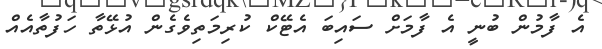
އެ ފާމުން ބުނީ އެ ފާމަށް ސައިބަ އެޓޭކް ކުރިމަތިވެގެން އުޅޭތާ ހަފުތާއެއް